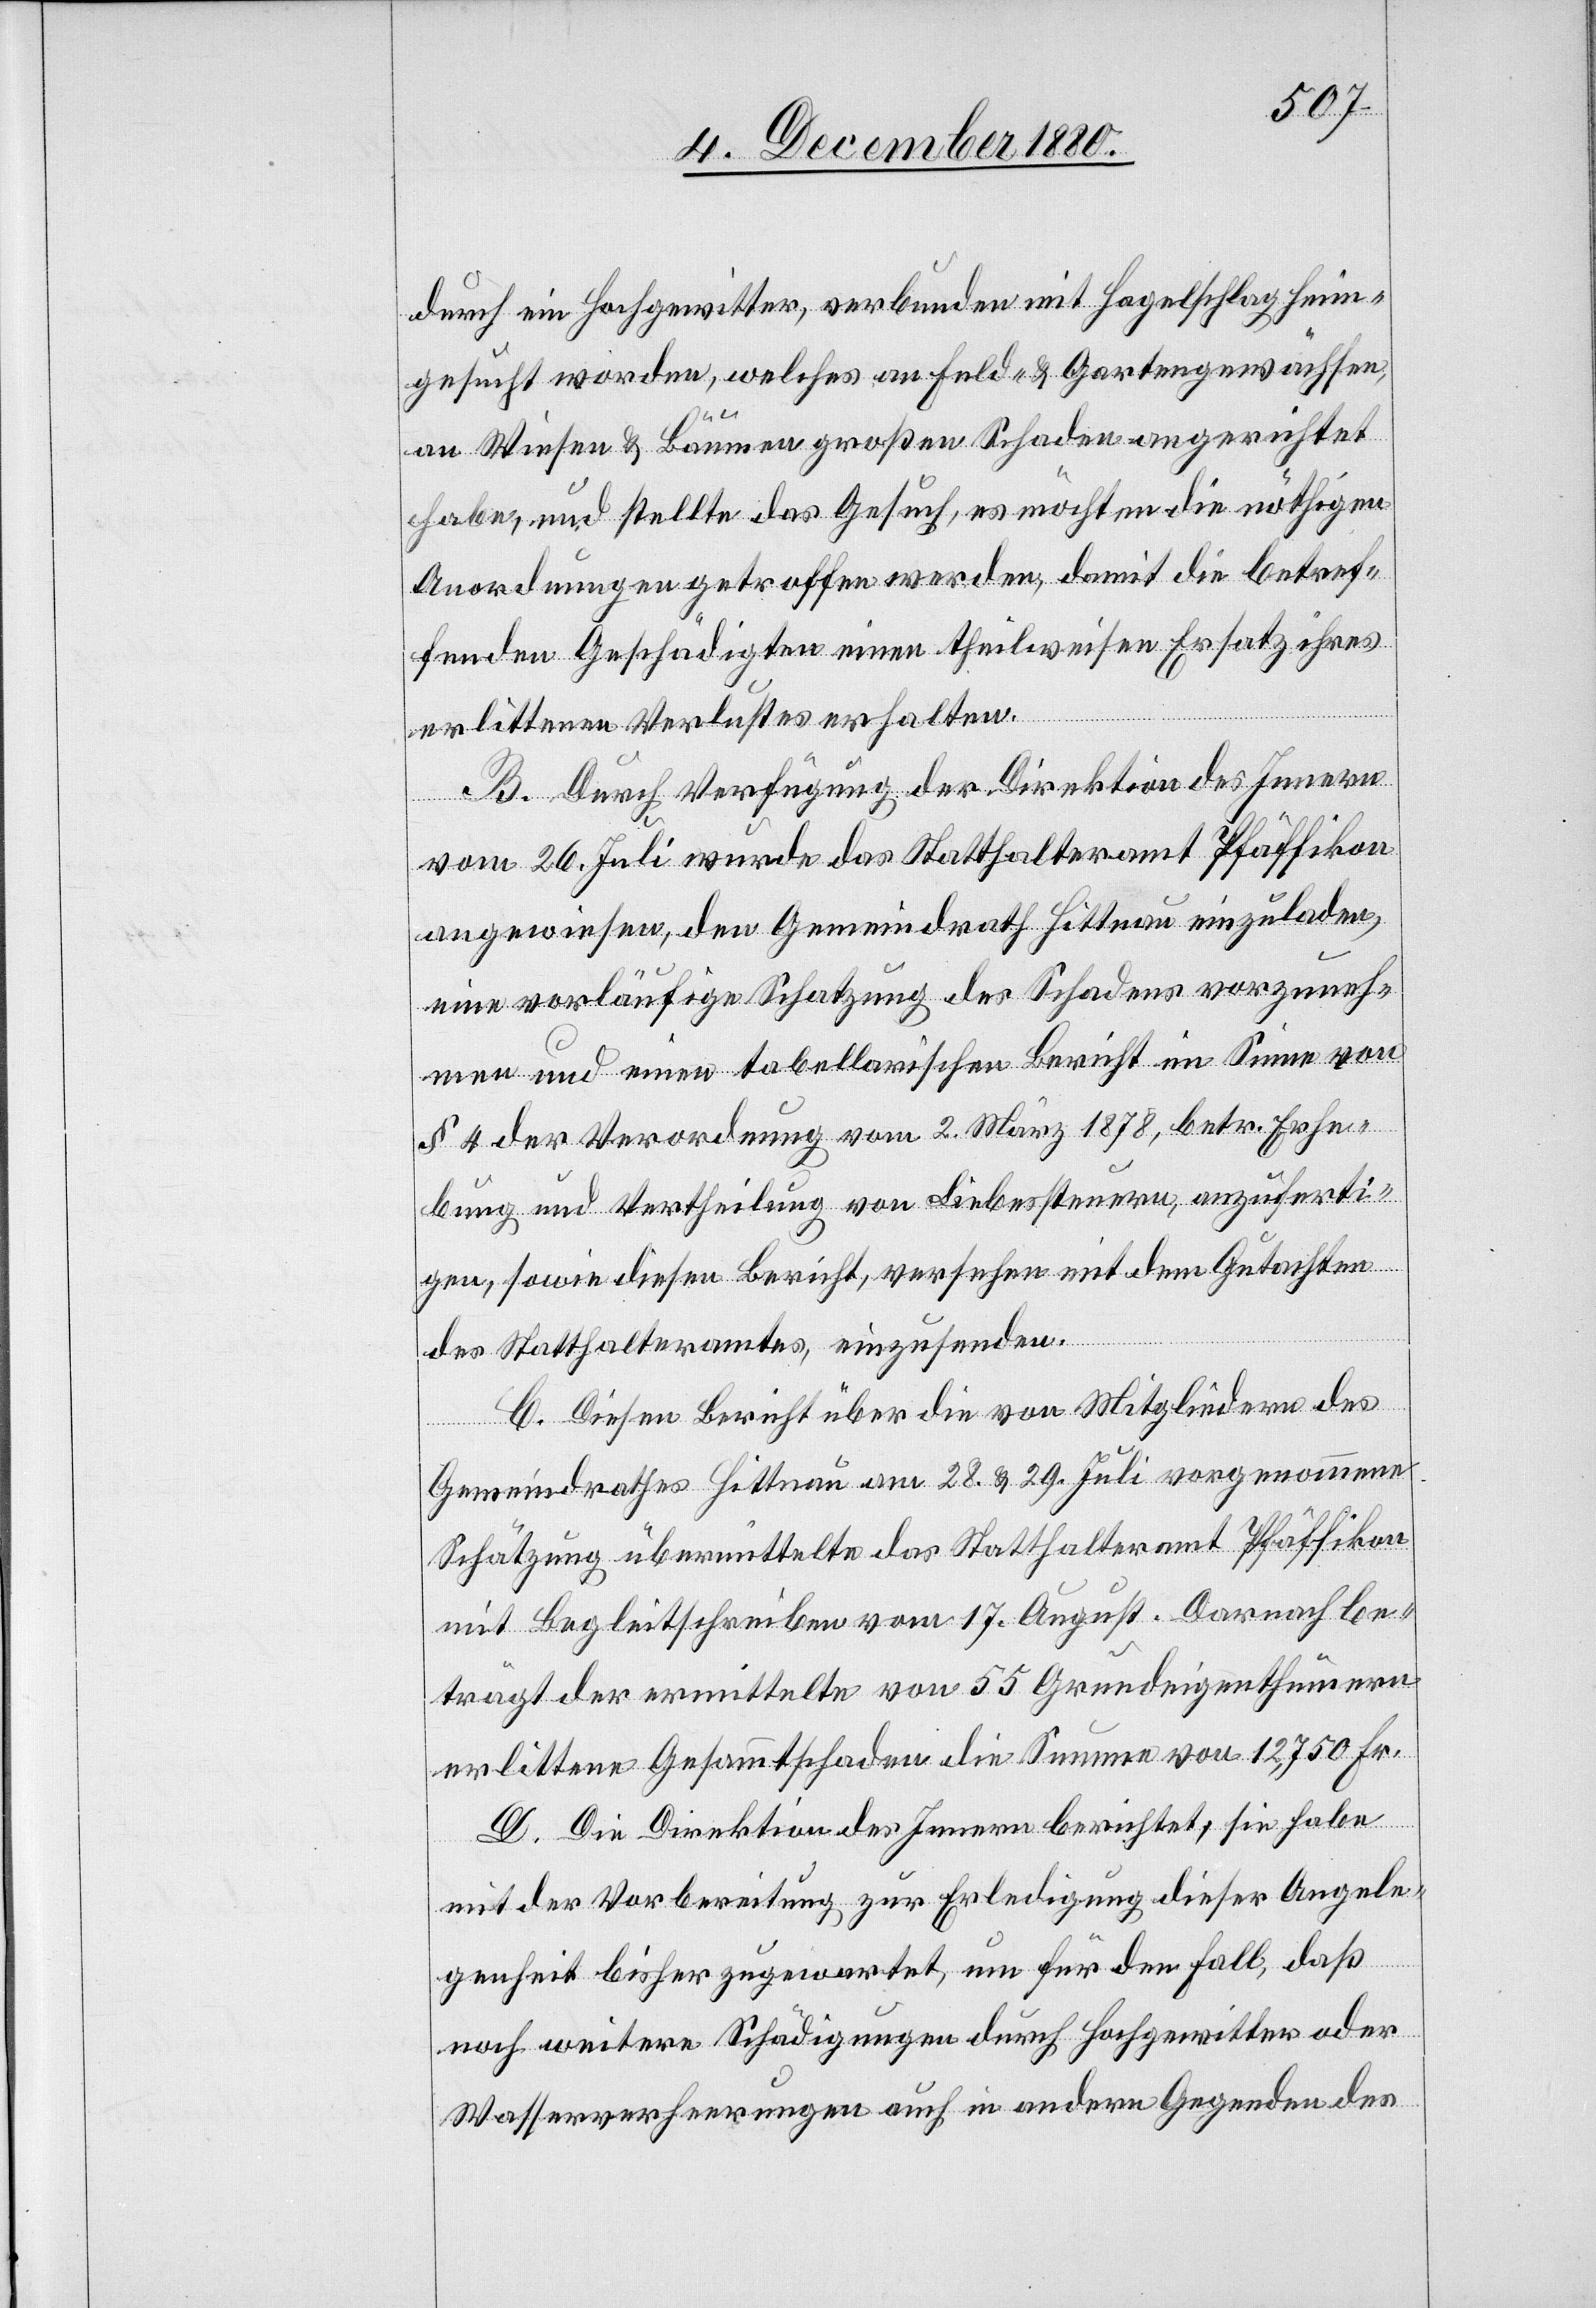
durch ein Hochgewitter, verbunden mit Hagelschlag heim¬
gesucht worden, welches an Feld- & Gartengewächsen,
an Wiesen & Bäumen großen Schaden angerichtet
haben, und stellte das Gesuch, es möchten die nöthigen
Anordnungen getroffen werden, damit die betref¬
fenden Geschädigten einen theilweisen Ersatz ihres
erlittenen Verlustes erhalten.
B. Durch Verfügung der Direktion des Innern
vom 26. Juli wurde das Statthalteramt Pfäffikon
angewiesen, den Gemeindrath Hittnau einzuladen,
eine vorläufige Schatzung des Schadens vorzuneh¬
men und einen tabellarischen Bericht im Sinne von
§ 4 der Verordnung vom 2. März 1878, betr. Erhe¬
bung und Vertheilung von Liebessteuern, anzuferti¬
gen, sowie diesen Bericht, versehen mit dem Gutachten
des Statthalteramtes, einzusenden.
C. Diesen Bericht über die von Mitgliedern des
Gemeindrathes Hittnau am 28. & 29. Juli vorgenommene
Schätzung übermittelte das Statthalteramt Pfäffikon
mit Begleitschrieben vom 17. August. Darnach be¬
trägt der ermittelte von 55 Grundeigenthümern
erlittene Gesammtschaden die Summe von 12,750 Fr.
D. Die Direktion des Innern berichtet, sie habe
mit der Vorbereitung zur Erledigung dieser Angele¬
genheit bisher zugewartet, um für den Fall, daß
noch weitere Schädigungen durch Hochgewitter oder
Wasserverheerungen auch in andern Gegenden des